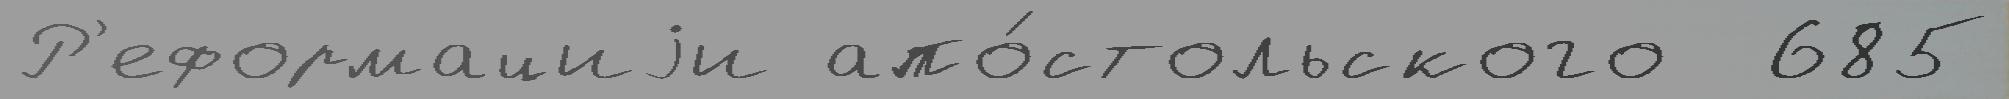
Р'еформациjи апо́стольского  685